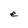
Character: e